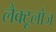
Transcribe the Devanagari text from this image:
लैक्टूलोज